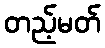
တည့်မတ်